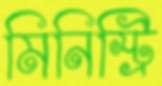
মিনিস্ট্রি